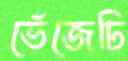
ভেঁজেঢি